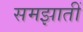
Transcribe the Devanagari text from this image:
समझातीं